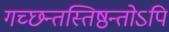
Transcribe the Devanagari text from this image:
गच्छन्तस्तिष्ठन्तोऽपि